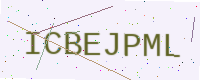
Text: ICBEJPML